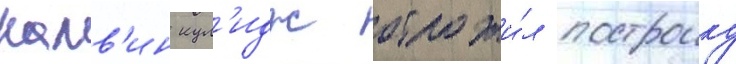
калв'ин кул'идж отложи́л построику